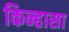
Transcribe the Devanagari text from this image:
किन्हासा